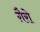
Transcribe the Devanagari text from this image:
गै़रो